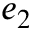
e _ { 2 }